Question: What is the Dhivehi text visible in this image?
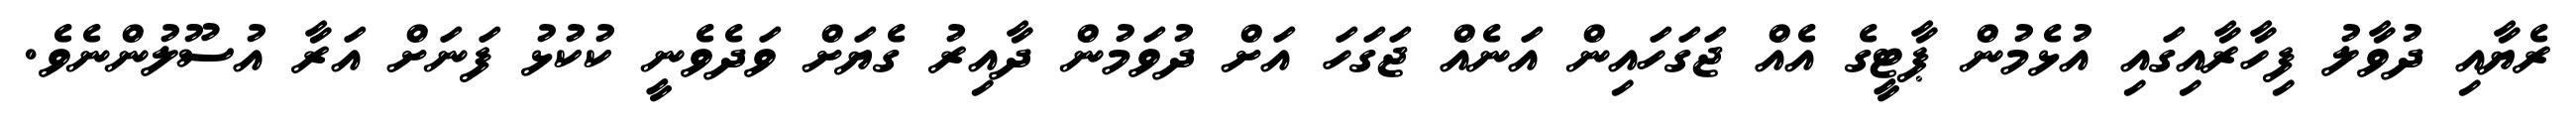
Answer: ރެޔާއި ދުވާލު ފިހާރާއިގައި އުޅެމުން ޕާޓީގެ އެއް ޖަގަހައިން އަނެއް ޖަގަހަ އަށް ދުވަމުން ދާއިރު ގެޔަށް ވަދެވެނީ ކުކުޅު ފަނަށް އަރާ އުސޫލުންނެވެ.